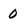
Character: 0